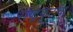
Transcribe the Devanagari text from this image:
राष्ट्रकूटचा